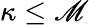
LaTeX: \kappa\leq\mathscr{M}